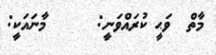
މާތް  ވަޙީ ކުރައްވަނީ:      މާނައަކީ: